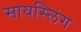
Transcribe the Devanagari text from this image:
सायस्लिंग